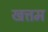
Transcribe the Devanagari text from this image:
खत्तम